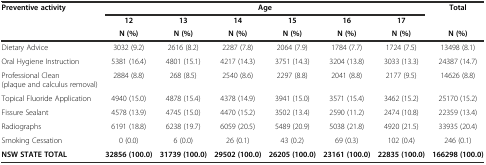
| <ROWSPAN=2> Preventive activity | <COLSPAN=6> Age | <ROWSPAN=2> Total |
 | 12 | 13 | 14 | 15 | 16 | 17 |
 |  | N (%) | N (%) | N (%) | N (%) | N (%) | N (%) | N (%) |
 | --- | --- | --- | --- | --- | --- | --- | --- |
 | Dietary Advice | 3032 (9.2) | 2616 (8.2) | 2287 (7.8) | 2064 (7.9) | 1784 (7.7) | 1724 (7.5) | 13498 (8.1) |
 | Oral Hygiene Instruction | 5381 (16.4) | 4801 (15.1) | 4217 (14.3) | 3751 (14.3) | 3204 (13.8) | 3033 (13.3) | 24387 (14.7) |
 | Professional Clean (plaque and calculus removal) | 2884 (8.8) | 268 (8.5) | 2540 (8.6) | 2297 (8.8) | 2041 (8.8) | 2177 (9.5) | 14626 (8.8) |
 | Topical Fluoride Application | 4940 (15.0) | 4878 (15.4) | 4378 (14.9) | 3941 (15.0) | 3571 (15.4) | 3462 (15.2) | 25170 (15.2) |
 | Fissure Sealant | 4578 (13.9) | 4745 (15.0) | 4470 (15.2) | 3502 (13.4) | 2590 (11.2) | 2474 (10.8) | 22359 (13.4) |
 | Radiographs | 6191 (18.8) | 6238 (19.7) | 6059 (20.5) | 5489 (20.9) | 5038 (21.8) | 4920 (21.5) | 33935 (20.4) |
 | Smoking Cessation | 0 (0.0) | 6 (0.0) | 26 (0.1) | 43 (0.2) | 69 (0.3) | 102 (0.4) | 246 (0.1) |
 | NSW STATE TOTAL | 32856 (100.0) | 31739 (100.0) | 29502 (100.0) | 26205 (100.0) | 23161 (100.0) | 22835 (100.0) | 166298 (100.0) |